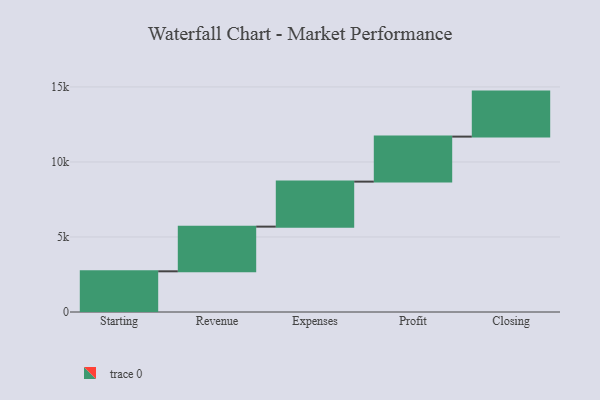
{"axis": {"x": "Step", "y": "Value"}, "legend": [""], "data": [{"x": "Starting", "y": 2712.0, "type": ""}, {"x": "Revenue", "y": 2978.0, "type": ""}, {"x": "Expenses", "y": 3000, "type": ""}, {"x": "Profit", "y": 3000, "type": ""}, {"x": "Closing", "y": 3000, "type": ""}]}